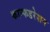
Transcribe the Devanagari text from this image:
कान्फडरेशन